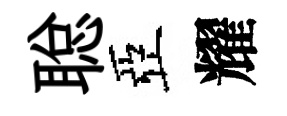
聪亞耀